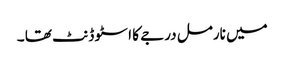
میں نارمل درجے کا ا سٹو ڈنٹ تھا ۔